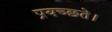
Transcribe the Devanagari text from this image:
प्रयच्छते।